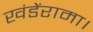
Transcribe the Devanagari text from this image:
खंडेंरामा।